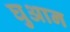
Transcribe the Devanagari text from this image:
घुआन